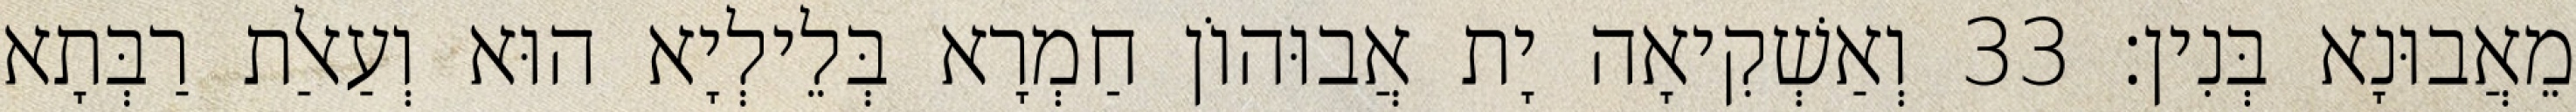
מֵאֲבוּנָא בְּנִין׃ 33 וְאַשְׁקִיאָה יָת אֲבוּהוֹן חַמְרָא בְּלֵילְיָא הוּא וְעַאלַת רַבְּתָא